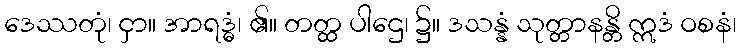
ဒေဿတုံ၊ ငှာ။ အာရဒ္ဓံ၊ ၏။ တတ္ထ ပါဌေ၊ ၌။ ဒသန္နံ သုတ္တာနန္တိ ဣဒံ ဝစနံ၊